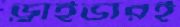
ড্রাইভারই